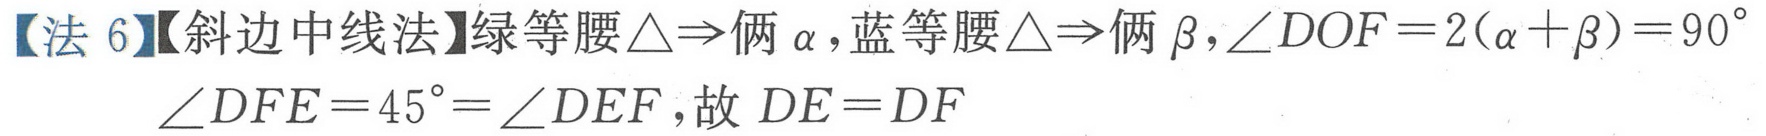
【法 6】【斜边中线法】绿等腰$\triangle\Rightarrow$俩$\alpha$，蓝等腰$\triangle\Rightarrow$俩$\beta$，$\angle DOF = 2(\alpha+\beta)=90^{\circ}$
$\angle DFE = 45^{\circ}=\angle DEF$，故$DE = DF$